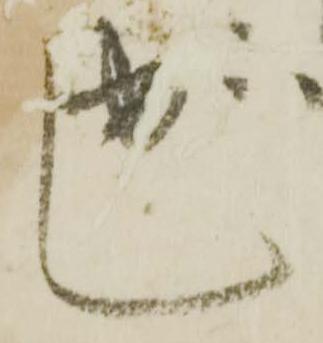
し